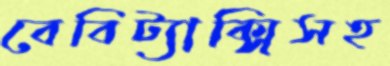
বেবিট্যাক্সিসহ